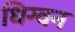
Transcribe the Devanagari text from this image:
धिग्वन